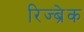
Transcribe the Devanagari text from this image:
रिज्ब्रेक